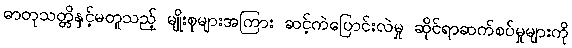
ဓာတုသတ္တိနှင့်မတူသည့် မျိုးစုများအကြား ဆင့်ကဲပြောင်းလဲမှု ဆိုင်ရာဆက်စပ်မှုများကို